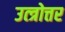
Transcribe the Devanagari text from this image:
उत्त्रोत्तर